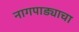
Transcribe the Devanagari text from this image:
नागपाड्याचा